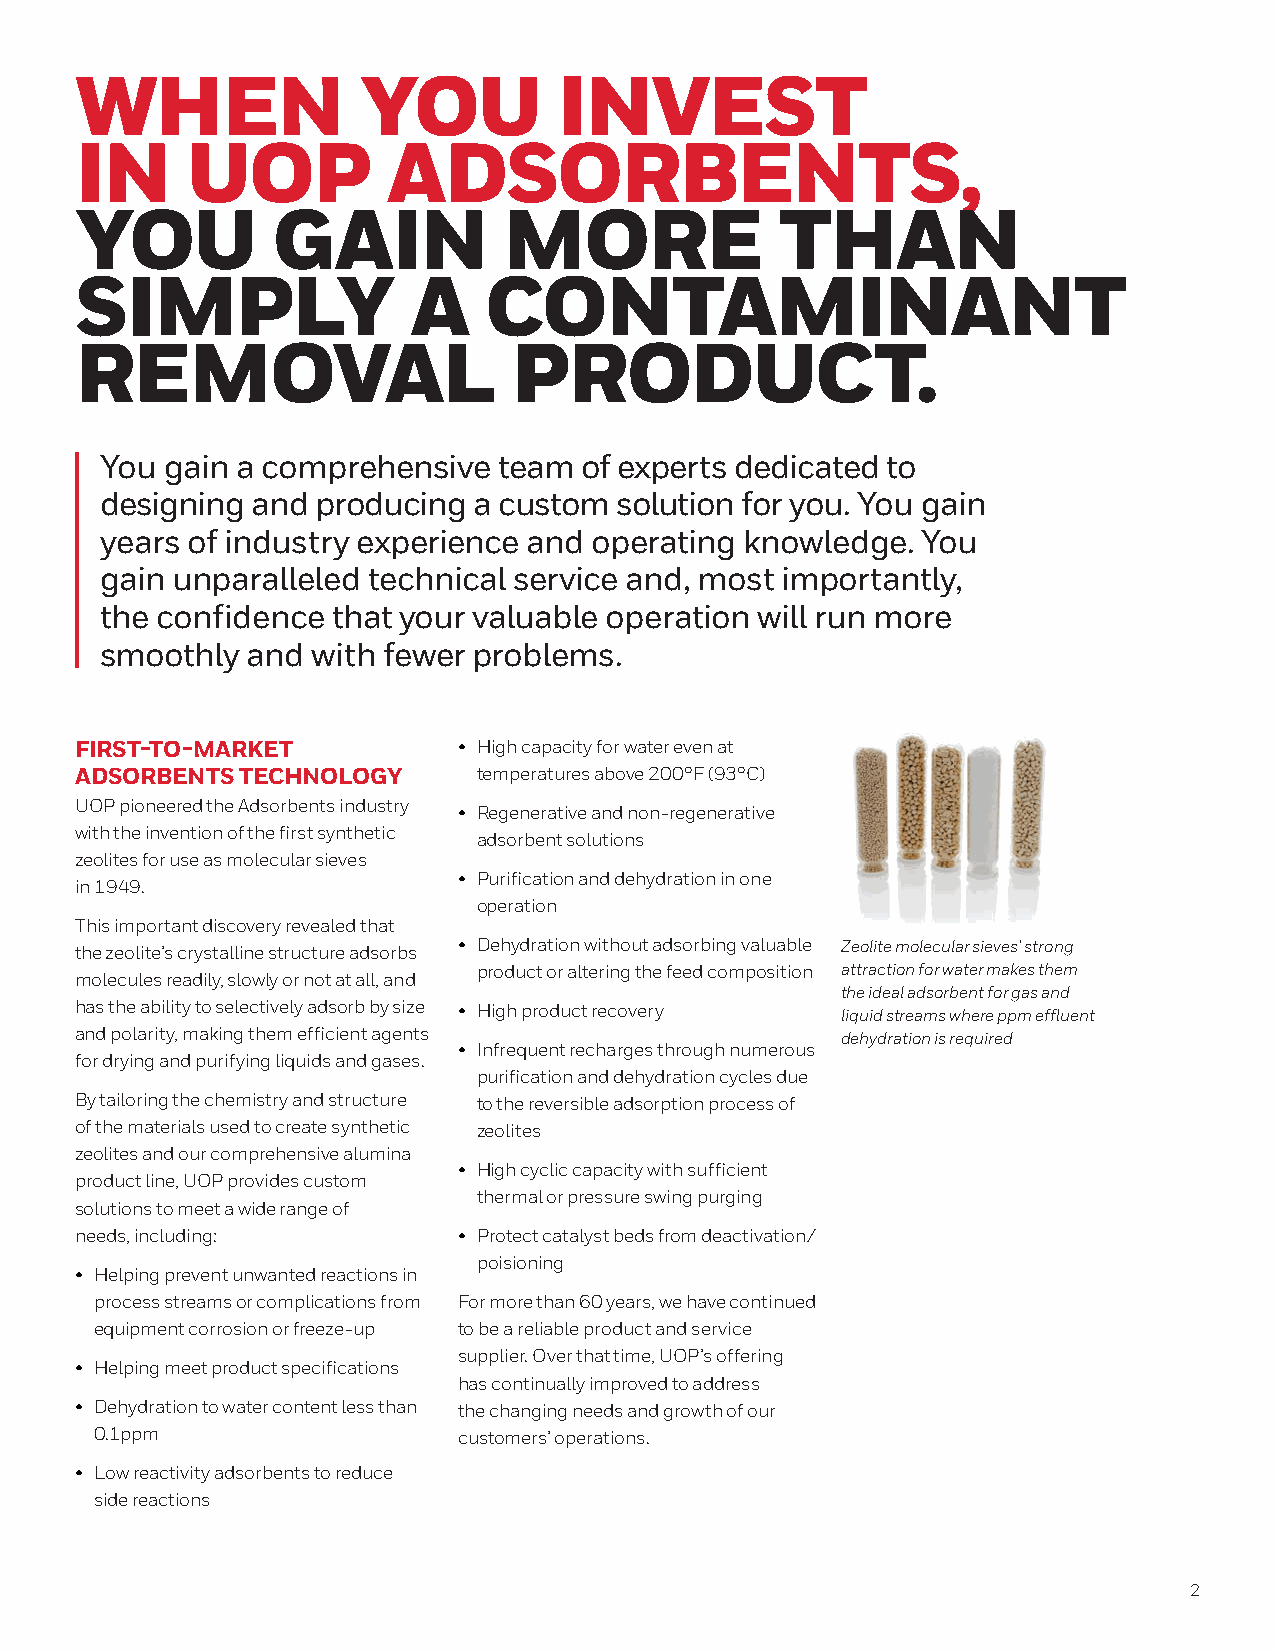
WHEN               YOU          INVEST
 IN     UOP           ADSORBENTS,
 YOU          GAIN           MORE               THAN
 SIMPLY                A    CONTAMINANT
 REMOVAL                      PRODUCT.
 You gain a comprehensive  team of experts dedicated to
 designing and producing a custom  solution for you. You gain
 years of industry experience and operating knowledge. You
 gain unparalleled technical service and, most importantly,
 the confidence that your valuable operation will run more
 smoothly and  with fewer problems.
 FIRST-TO-MARKET          • High capacity for water even at
 ADSORBENTS TECHNOLOGY      temperatures above 200°F (93°C)
 UOP pioneered the Adsorbents industry
 • Regenerative and non-regenerative
 with the invention of the first synthetic
 adsorbent solutions
 zeolites for use as molecular sieves
 • Purification and dehydration in one
 in 1949.
 operation
 This important discovery revealed that
 the zeolite’s crystalline structure adsorbs • Dehydration without adsorbing valuable Zeolite molecular sieves’ strong
 product or altering the feed composition attraction for water makes them
 molecules readily, slowly or not at all, and
 the ideal adsorbent for gas and
 has the ability to selectively adsorb by size • High product recovery liquid streams where ppm effluent
 and polarity, making them efficient agents         dehydration is required
 • Infrequent recharges through numerous
 for drying and purifying liquids and gases.
 purification and dehydration cycles due
 By tailoring the chemistry and structure to the reversible adsorption process of
 of the materials used to create synthetic zeolites
 zeolites and our comprehensive alumina
 • High cyclic capacity with sufficient
 product line, UOP provides custom
 thermal or pressure swing purging
 solutions to meet a wide range of
 needs, including:        • Protect catalyst beds from deactivation/
 poisioning
 • Helping prevent unwanted reactions in
 process streams or complications from For more than 60 years, we have continued
 equipment corrosion or freeze-up to be a reliable product and service
 supplier. Over that time, UOP’s offering
 • Helping meet product specifications
 has continually improved to address
 • Dehydration to water content less than the changing needs and growth of our
 0.1ppm                  customers’ operations.
 • Low reactivity adsorbents to reduce
 side reactions
 2